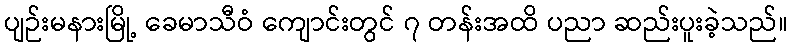
ပျဉ်းမနားမြို့ ခေမာသီဝံ ကျောင်းတွင် ၇ တန်းအထိ ပညာ ဆည်းပူးခဲ့သည်။